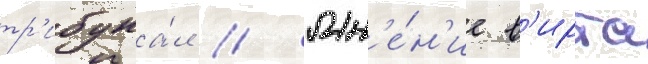
тр'ибуна́л // Мн'е́н'ие в'ирта